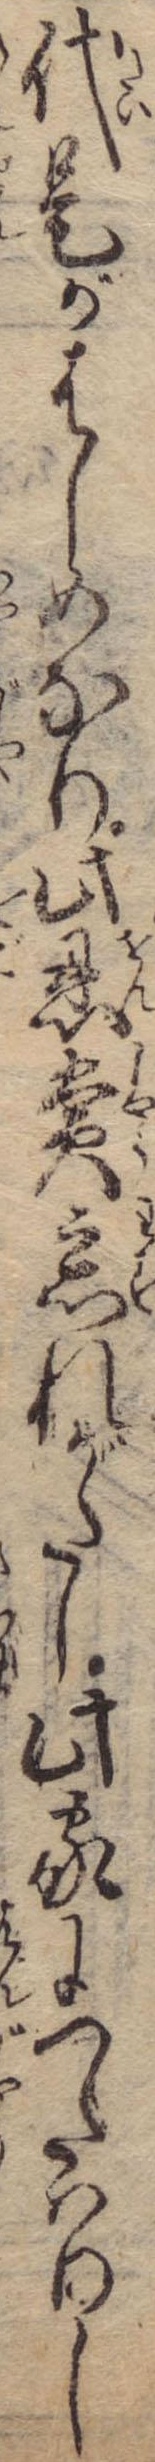
代是がはじめなり此恩賞忘れがたし此家につたはりし